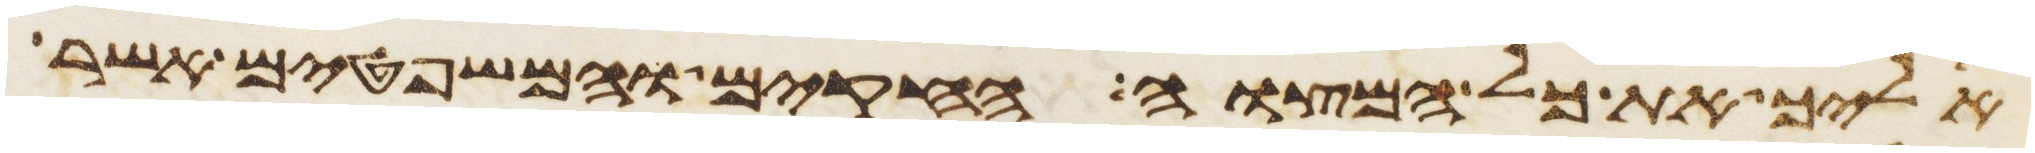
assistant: אליך את כל המצוה החקים והמשפטים אשר